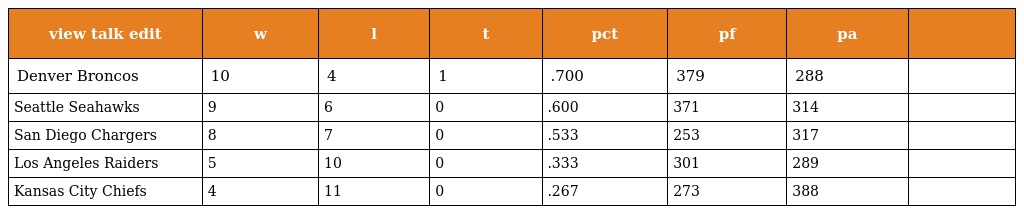
| view talk edit | w | l | t | pct | pf | pa |  |
 | --- | --- | --- | --- | --- | --- | --- | --- |
 | Denver Broncos | 10 | 4 | 1 | .700 | 379 | 288 |  |
 | Seattle Seahawks | 9 | 6 | 0 | .600 | 371 | 314 |  |
 | San Diego Chargers | 8 | 7 | 0 | .533 | 253 | 317 |  |
 | Los Angeles Raiders | 5 | 10 | 0 | .333 | 301 | 289 |  |
 | Kansas City Chiefs | 4 | 11 | 0 | .267 | 273 | 388 |  |